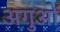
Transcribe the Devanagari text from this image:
अगुओं